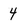
Character: 4